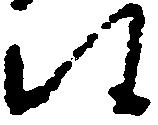
候